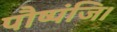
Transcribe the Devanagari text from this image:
पौष्पंजि।